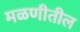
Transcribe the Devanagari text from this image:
मळणीतील